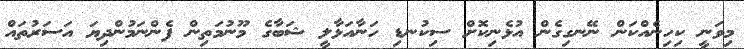
މިވަނީ ކިހިނެއްކަން ނޭނގިގެން އުޅެނިކޮށް ސިކުނޑި ހަނާއަޅާލީ ޝަބާގެ މޫނުމަތިން ފެންނަމުންދިޔަ އަސަރުތައް